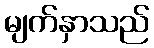
မျက်နှာသည်